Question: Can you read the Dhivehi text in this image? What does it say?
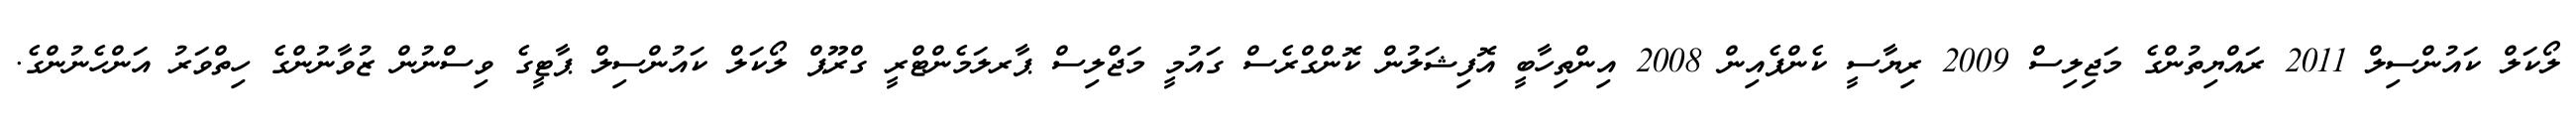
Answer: ލޯކަލް ކައުންސިލް 2011 ރައްޔިތުންގެ މަޖިލިސް 2009 ރިޔާސީ ކެންޕެއިން 2008 އިންތިހާބީ އޮފިޝަލުން ކޮންގްރެސް ގައުމީ މަޖްލިސް ޕާރލަމެންޓްރީ ގްރޫޕް ލޯކަލް ކައުންސިލް ޕާޓީގެ ވިސްނުން ޒުވާނުންގެ ހިތްވަރު އަންހެނުންގެ.